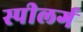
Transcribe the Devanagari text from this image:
स्पीलर्ग